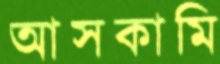
আসকামি